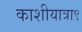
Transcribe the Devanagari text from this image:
काशीयात्रा९